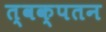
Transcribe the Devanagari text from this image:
त्वक्‌पतन